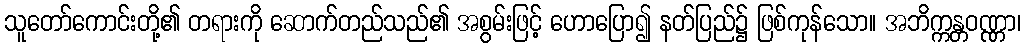
သူတော်ကောင်းတို့၏ တရားကို ဆောက်တည်သည်၏ အစွမ်းဖြင့် ဟောပြော၍ နတ်ပြည်၌ ဖြစ်ကုန်သော။ အဘိက္ကန္တဝဏ္ဏာ၊